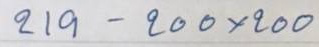
219 - 200 x 200